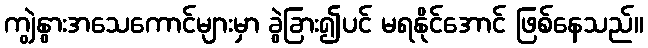
ကျွဲနွားအသေကောင်များမှာ ခွဲခြား၍ပင် မရနိုင်အောင် ဖြစ်နေသည်။